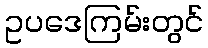
ဥပဒေကြမ်းတွင်